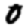
Digit: 0